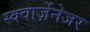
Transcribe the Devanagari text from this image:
स्क्वार्ज़ेनेजर